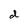
Character: d